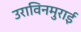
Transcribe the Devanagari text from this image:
उराविनमुराई